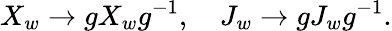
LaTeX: X_{w}\to gX_{w}g^{-1},\quad J_{w}\to gJ_{w}g^{-1}.